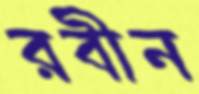
রবীন